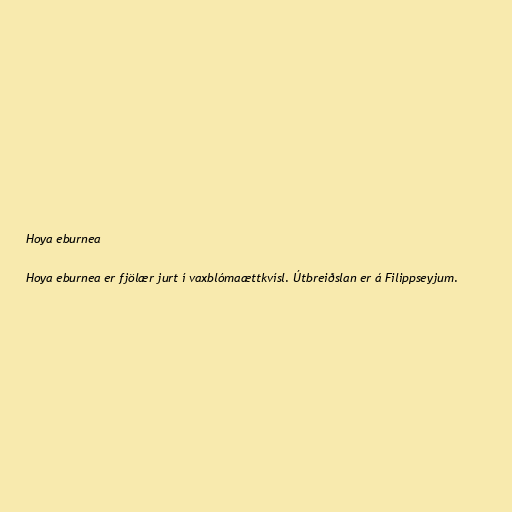
Hoya eburnea

Hoya eburnea er fjölær jurt í vaxblómaættkvísl. Útbreiðslan er á Filippseyjum.